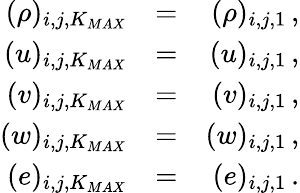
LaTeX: \begin{array}{rlr}{(\rho)_{i,j,K_{MAX}}}&{=}&{(\rho)_{i,j,1}\, \mathrm{,}}\\ {(u)_{i,j,K_{MAX}}}&{=}&{(u)_{i,j,1}\, \mathrm{,}}\\ {(v)_{i,j,K_{MAX}}}&{=}&{(v)_{i,j,1}\, \mathrm{,}}\\ {(w)_{i,j,K_{MAX}}}&{=}&{(w)_{i,j,1}\, \mathrm{,}}\\ {(e)_{i,j,K_{MAX}}}&{=}&{(e)_{i,j,1}\, \mathrm{.}}\end{array}